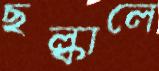
ছল্‌কালে